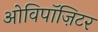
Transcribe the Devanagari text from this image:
ओविपॉज़िटर